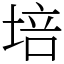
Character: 培